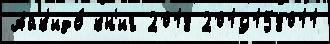
Айк'идо́ кн'иг 2018 2019158011